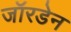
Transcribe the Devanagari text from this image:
जॉरडेन